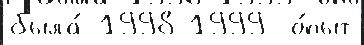
была́ 1998-1999  о́пыт